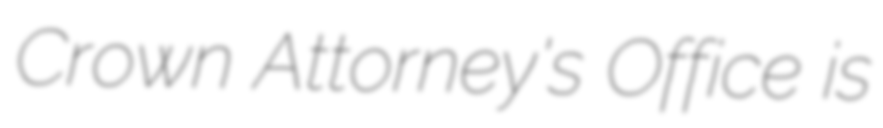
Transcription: Crown Attorney's Office is